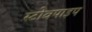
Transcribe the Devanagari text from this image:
स्टोवपाइप